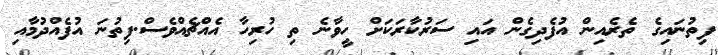
ފިތުނައިގެ ތެރެއިން އުފެދިގެން އައި ސަރުކާރަކަށް ހީވާނެ ތި ހުރިހާ އެއްޗެއްވެސް.ފިތުނަ އުފެއްދުމާއި